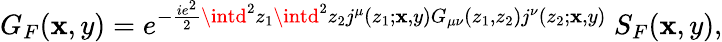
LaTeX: G_{F}(\mathbf{x},y)=e^{-{\frac{{ie^{2}}}{{2}}}\intd^{2}z_{1}\intd^{2}z_{2}j^{\mu}(z_{1};\mathbf{x},y)G_{\mu\nu}(z_{1},z_{2})j^{\nu}(z_{2};\mathbf{x},y)}~S_{F}(\mathbf{x},y),